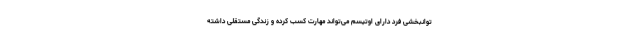
توانبخشی فرد دارای اوتیسم می‌تواند مهارت کسب کرده و زندگی مستقلی داشته